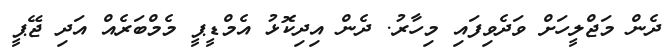
ދެން މަޖްލީހަށް ވަދެވިފައި މިހާރު. ދެން އިދިކޮޅު އެމްޑީޕީ މެމްބަރެއް އަދި ޖޭޕީ